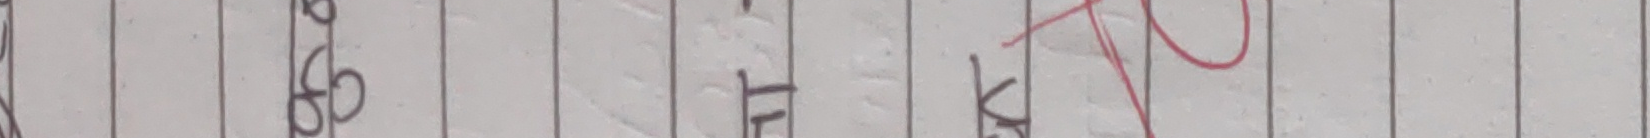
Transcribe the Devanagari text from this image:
पनि ठुठार